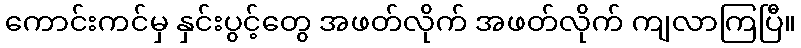
ကောင်းကင်မှ နှင်းပွင့်တွေ အဖတ်လိုက် အဖတ်လိုက် ကျလာကြပြီ။